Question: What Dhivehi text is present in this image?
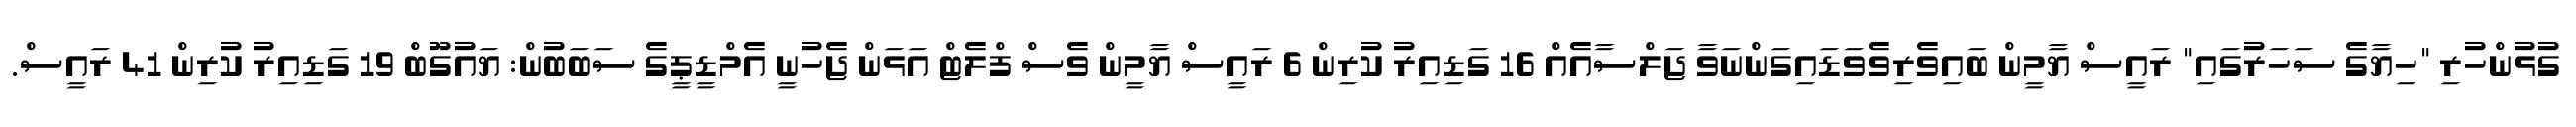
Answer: ގުޅުންހުރި "ހިޔާގެ ސަހަރުގައި" ރައީސް ޔާމީން ބައިވެރިވެވަޑައިގަންނަވާ ޖަލްސާއެއް 16 ގަޑިއިރު ކުރިން 6 ރައީސް ޔާމީން ވެސް ފްލެޓް އަޅަން ޖެހުނީ އެމްޑީޕީގެ ސަބަބުން: ޔައުގޫބް 19 ގަޑިއިރު ކުރިން 41 ރައީސް.